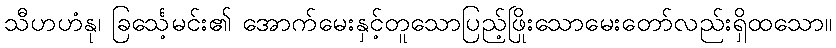
သီဟဟံနု၊ ခြင်္သေ့မင်း၏ အောက်မေးနှင့်တူသောပြည့်ဖြိုးသောမေးတော်လည်းရှိထသော။